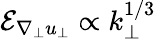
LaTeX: \mathcal{E}_{\nabla_{\perp}u_{\perp}}\propto k_{\perp}^{1/3}